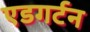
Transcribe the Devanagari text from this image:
एडगर्टन